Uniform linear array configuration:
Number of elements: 24
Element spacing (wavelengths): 1
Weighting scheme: kaiser
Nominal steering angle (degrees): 15
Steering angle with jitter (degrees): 16.171
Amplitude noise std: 0.05
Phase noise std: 0.05

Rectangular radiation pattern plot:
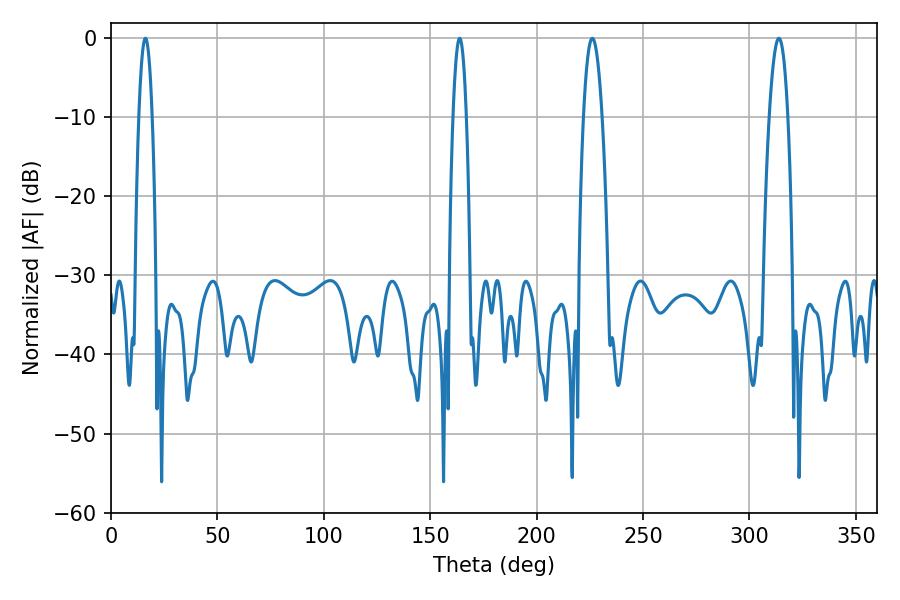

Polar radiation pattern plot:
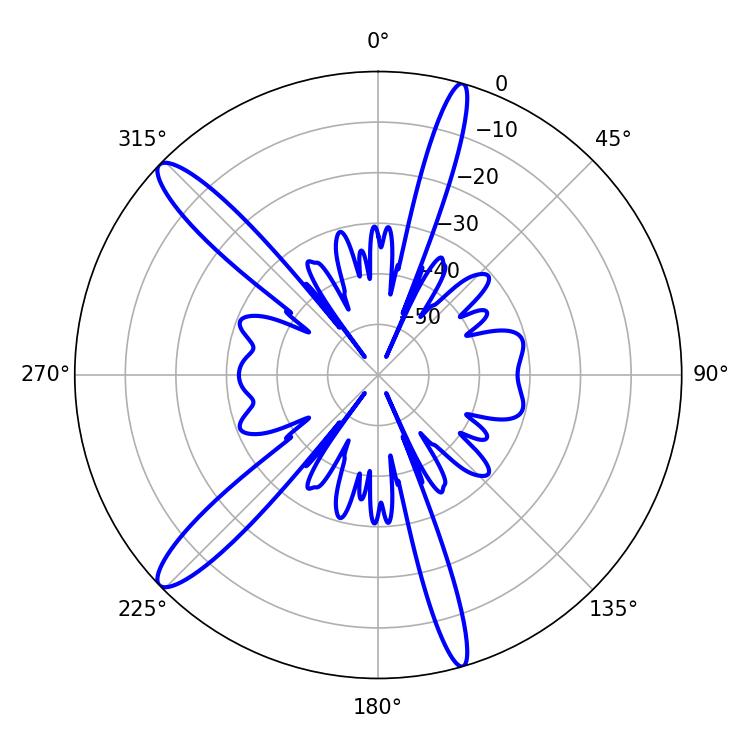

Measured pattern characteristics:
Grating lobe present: TRUE
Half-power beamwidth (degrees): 3.42
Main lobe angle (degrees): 16.2